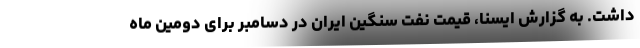
داشت. به گزارش ایسنا، قیمت نفت سنگین ایران در دسامبر برای دومین ماه